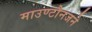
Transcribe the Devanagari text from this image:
माउण्टौनजने